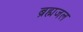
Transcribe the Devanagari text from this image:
ब्रह्मजल